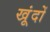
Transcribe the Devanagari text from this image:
खूंदों